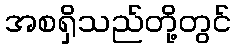
အစရှိသည်တို့တွင်